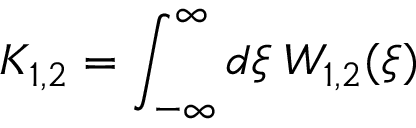
K _ { 1 , 2 } = \int _ { - \infty } ^ { \infty } d \xi \; W _ { 1 , 2 } ( \xi ) \nonumber